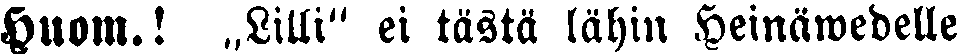
Huom.! „Lilli" ei tästä lähin Heinäwedelle